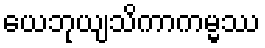
ယေဘုယျသိကာကမ္မဿ